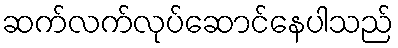
ဆက်လက်လုပ်ဆောင်နေပါသည်